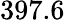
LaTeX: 397.6